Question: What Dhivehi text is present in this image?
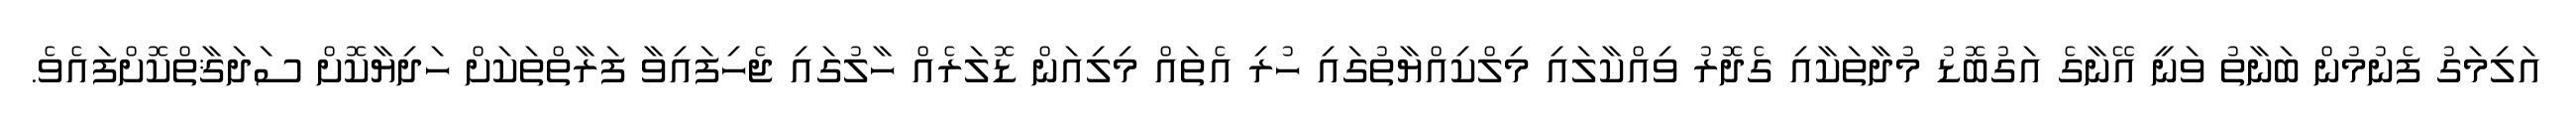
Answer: އަލިމަގު ފެނުމުން ބަނާތު ވަނީ އޭނާގެ އަގުބޮޑު މުދާތަކާއި ގެދޮރު ވިއްކާލައި މިލްކިއްޔާތުގައި ހުރި އެތައް މިލިއަން ޑޮލަރެއް ހާލުގައި ޖެހިފައިވާ ފަރާތްތަކަށް ހަދިޔާކޮށް ސަދަޤާތްކޮށްފައެވެ.